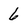
Character: 6